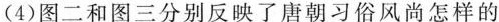
(4)图二和图三分别反映了唐朝习俗风尚怎样的